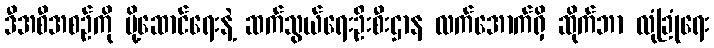
ဒီအစီအစဉ်ကို ပို့ဆောင်ရေးနဲ့ ဆက်သွယ်ရေးဦးစီးဌာန လက်အောက်ရှိ ဆိုက်ဘာ လုံခြုံရေး